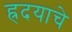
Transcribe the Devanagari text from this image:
ह्रदयाचे